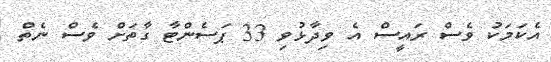
އެކަމަކު ވެސް ރައީސް އެ ވިދާޅުވި 33 ޕަސެންޓާ ގާތަށް ވެސް ނެތް